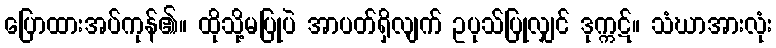
ပြောထားအပ်ကုန်၏။ ထိုသို့မပြုပဲ အာပတ်ရှိလျက် ဥပုသ်ပြုလျှင် ဒုက္ကဋ်။ သံဃာအားလုံး